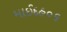
માઈદહ૦૬